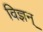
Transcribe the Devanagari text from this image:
विज्ञन्